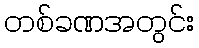
တစ်ခဏအတွင်း